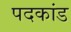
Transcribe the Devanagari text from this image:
पदकांड